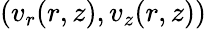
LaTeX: (v_{r}(r,z),v_{z}(r,z))